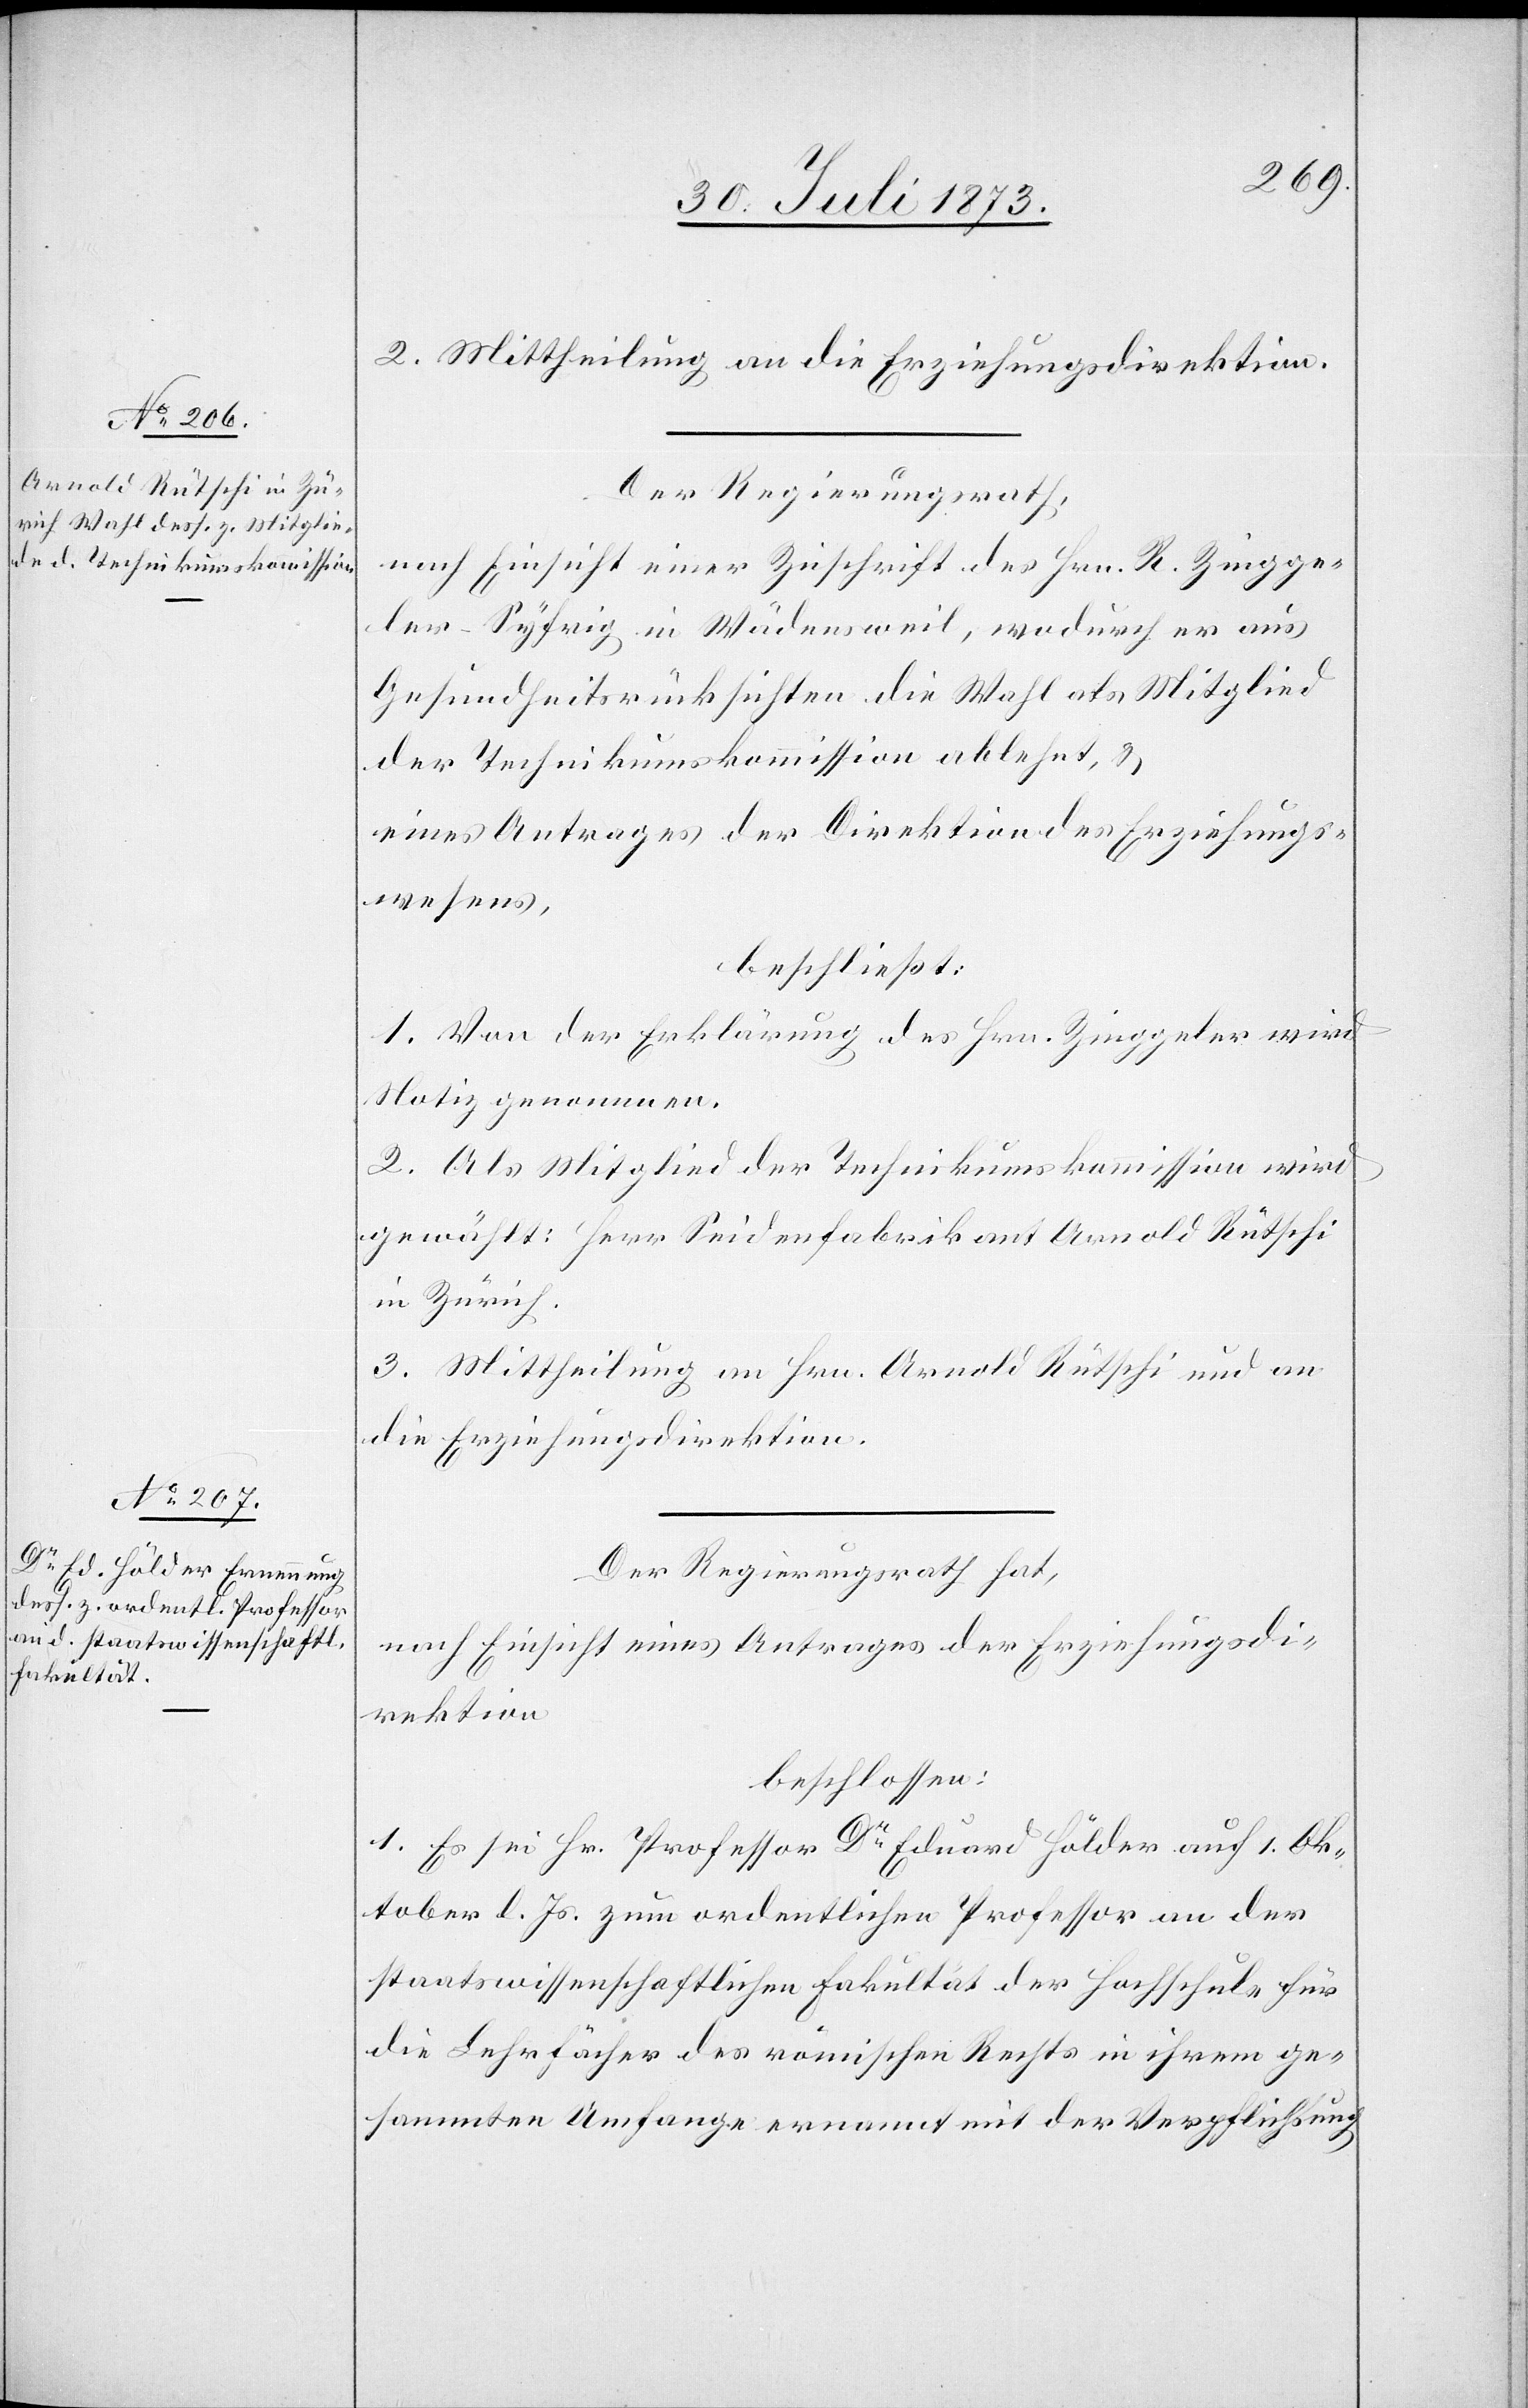
2. Mittheilung an die Erziehungsdirektion.
Der Regierungsrath,
nach Einsicht einer Zuschrift des Hrn. R. Zingge¬
ler-Syfrig in Wädensweil, wodurch er aus
Gesundheitsrücksichten die Wahl als Mitglied
der Technikumskommission ablehnt, &
eines Antrages der Direktion des Erziehungs¬
wesens,
beschließt:
1. Von der Erklärung des Hrn. Zinggeler wird
Notiz genommen.
2. Als Mitglied der Technikumskommission wird
gewählt: Herr Seidenfabrikant Arnold Rütschi
in Zürich.
3. Mittheilung an Hrn. Arnold Rütschi und an
die Erziehungsdirektion.
Der Regierungsrath hat,
nach Einsicht eines Antrages der Erziehungsdi¬
rektion
beschlossen:
1. Es sei Hr. Professor Dr Eduard Hölder auf 1. Ok¬
tober l. Js. zum ordentlichen Professor an der
staatswissenschaftlichen Fakultät der Hochschule für
die Lehrfächer des römischen Rechts in ihrem ge¬
sammten Umfange ernannt mit der Verpflichtung